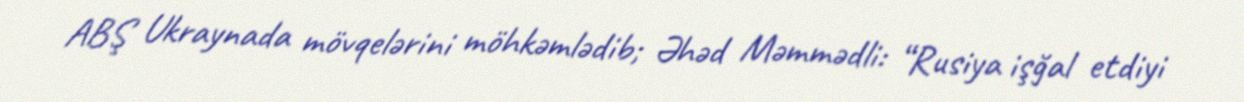
ABŞ Ukraynada mövqelərini möhkəmlədib; Əhəd Məmmədli: “Rusiya işğal etdiyi